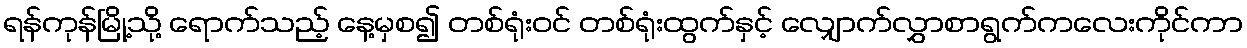
ရန်ကုန်မြို့သို့ ရောက်သည့် နေ့မှစ၍ တစ်ရုံးဝင် တစ်ရုံးထွက်နှင့် လျှောက်လွှာစာရွက်ကလေးကိုင်ကာ